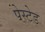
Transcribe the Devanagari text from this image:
पेस्टेड